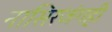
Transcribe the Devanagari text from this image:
नासिरजंगही